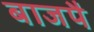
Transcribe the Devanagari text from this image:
बाजपै